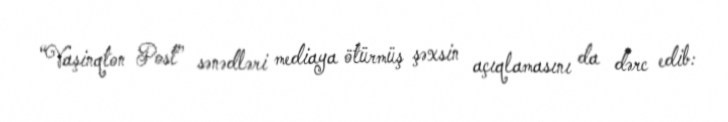
“Vaşinqton Post” sənədləri mediaya ötürmüş şəxsin açıqlamasını da dərc edib: